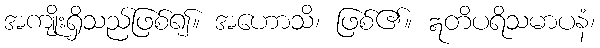
အကျိုးရှိသည်ဖြစ်၍။ အဟောသိ၊ ဖြစ်၏။ ဣတိပရိသမာပနံ၊